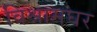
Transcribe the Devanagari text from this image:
विश्रामघर